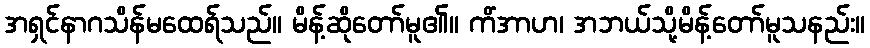
အရှင်နာဂသိန်မထေရ်သည်။ မိန့်ဆိုတော်မူ၏။ ကိံအာဟ၊ အဘယ်သို့မိန့်တော်မူသနည်း။